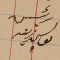
رئيس يوسف زينه